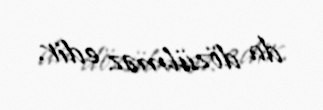
da dözülməz edir.